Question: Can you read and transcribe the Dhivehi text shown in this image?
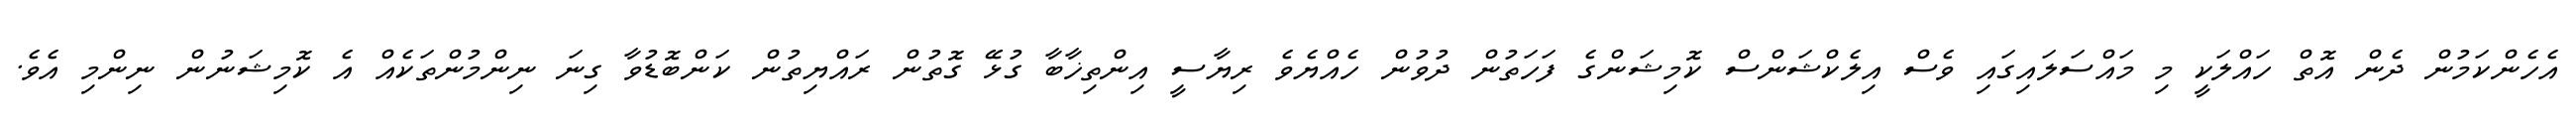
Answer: އެހެންކަމުން ދެން އޮތް ހައްލަކީ މި މައްސަލައިގައި ވެސް އިލެކްޝަންސް ކޮމިޝަންގެ ފަހަތުން ދުވުން ހެއްޔެވެ ރިޔާސީ އިންތިޚާބާ ގުޅޭ ގޮތުން ރައްޔިތުން ކަންބޮޑުވާ ގިނަ ނިންމުންތަކެއް އެ ކޮމިޝަނުން ނިންމި އެވެ.